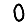
Digit: 0